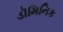
ડૉમિનિક